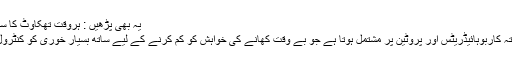
یہ بھی پڑھیں : ہروقت تھکاوٹ کا سبب بننے والی 13 عادتیں
انہوں نے کہا کہ اچھا ناشتہ کاربوہائیڈریٹس اور پروٹین پر مشتمل ہوتا ہے جو بے وقت کھانے کی خواہش کو کم کرنے کے لیے ساتھ بسیار خوری کو کنٹرول کرنے میں مدد دیتا ہے۔